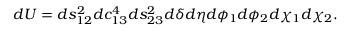
d U = d s _ { 1 2 } ^ { 2 } d c _ { 1 3 } ^ { 4 } d s _ { 2 3 } ^ { 2 } d \delta d \eta d \phi _ { 1 } d \phi _ { 2 } d \chi _ { 1 } d \chi _ { 2 } .